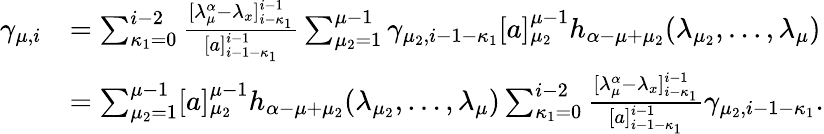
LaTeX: \begin{array}{rl}{\gamma_{\mu,i}}&{=\sum_{\kappa_{1}=0}^{i-2}\frac{[\lambda_{\mu}^{\alpha}-\lambda_{x}]_{i-\kappa_{1}}^{i-1}}{[a]_{i-1-\kappa_{1}}^{i-1}}\sum_{\mu_{2}=1}^{\mu-1}\gamma_{\mu_{2},i-1-\kappa_{1}}[a]_{\mu_{2}}^{\mu-1}h_{\alpha-\mu+\mu_{2}}(\lambda_{\mu_{2}},\ldots,\lambda_{\mu})}\\ &{=\sum_{\mu_{2}=1}^{\mu-1}[a]_{\mu_{2}}^{\mu-1}h_{\alpha-\mu+\mu_{2}}(\lambda_{\mu_{2}},\ldots,\lambda_{\mu})\sum_{\kappa_{1}=0}^{i-2}\frac{[\lambda_{\mu}^{\alpha}-\lambda_{x}]_{i-\kappa_{1}}^{i-1}}{[a]_{i-1-\kappa_{1}}^{i-1}}\gamma_{\mu_{2},i-1-\kappa_{1}}.}\end{array}